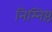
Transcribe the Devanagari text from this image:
निम्निष्ठ